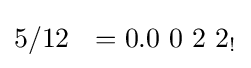
5/12\ \ =0.0\ 0\ 2\ 2_{!}